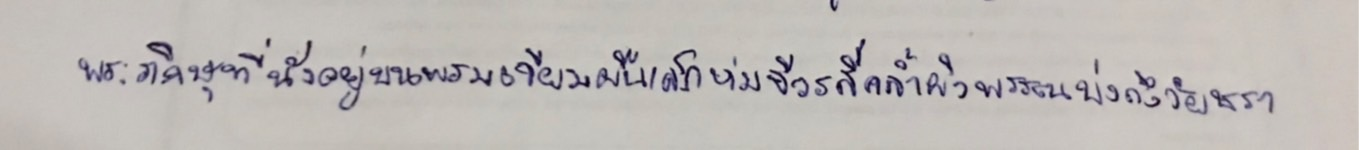
พระภิกษุที่นั่งอยู่บนพรมเจียมผืนเล็กห่มจีวรสีคล้ำผิวพรรณบ่งถึงวัยชรา